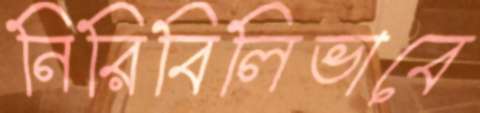
নিরিবিলিভাবে